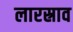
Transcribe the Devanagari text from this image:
लारस्राव